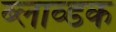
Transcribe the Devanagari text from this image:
ब्लाव्डक